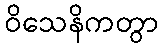
ဝိသေနိကတွာ